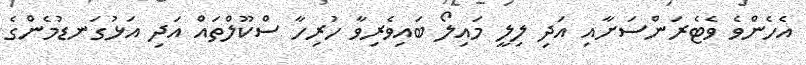
އެހެންވެ ވެޓެރަންސަށާއި އަދި ލިލީ މައިލޯ ބައިވެރިވާ ހުރިހާ ސްކޫލްތައް އަދި އަޅުގަނޑުމެންގެ